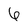
Character: 6